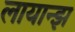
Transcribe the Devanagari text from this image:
लायान्झ